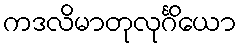
ကဒလိမာတုလုင်္ဂိယော